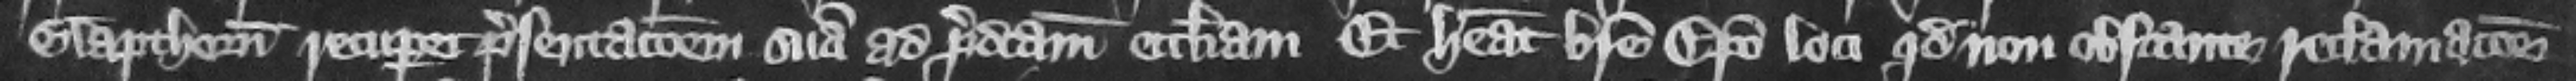
Glapthorn recuperet presentacionem suam ad predictam ecclesiam. Et habeat breue episcopo loci quod non obstante reclamacione